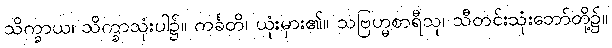
သိက္ခာယ၊ သိက္ခာသုံးပါ၌။ ကင်္ခတိ၊ ယုံးမှား၏။ သဗြဟ္မစာရီသု၊ သီတင်းသုံးဘော်တို့၌။